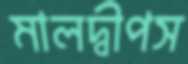
মালদ্বীপস